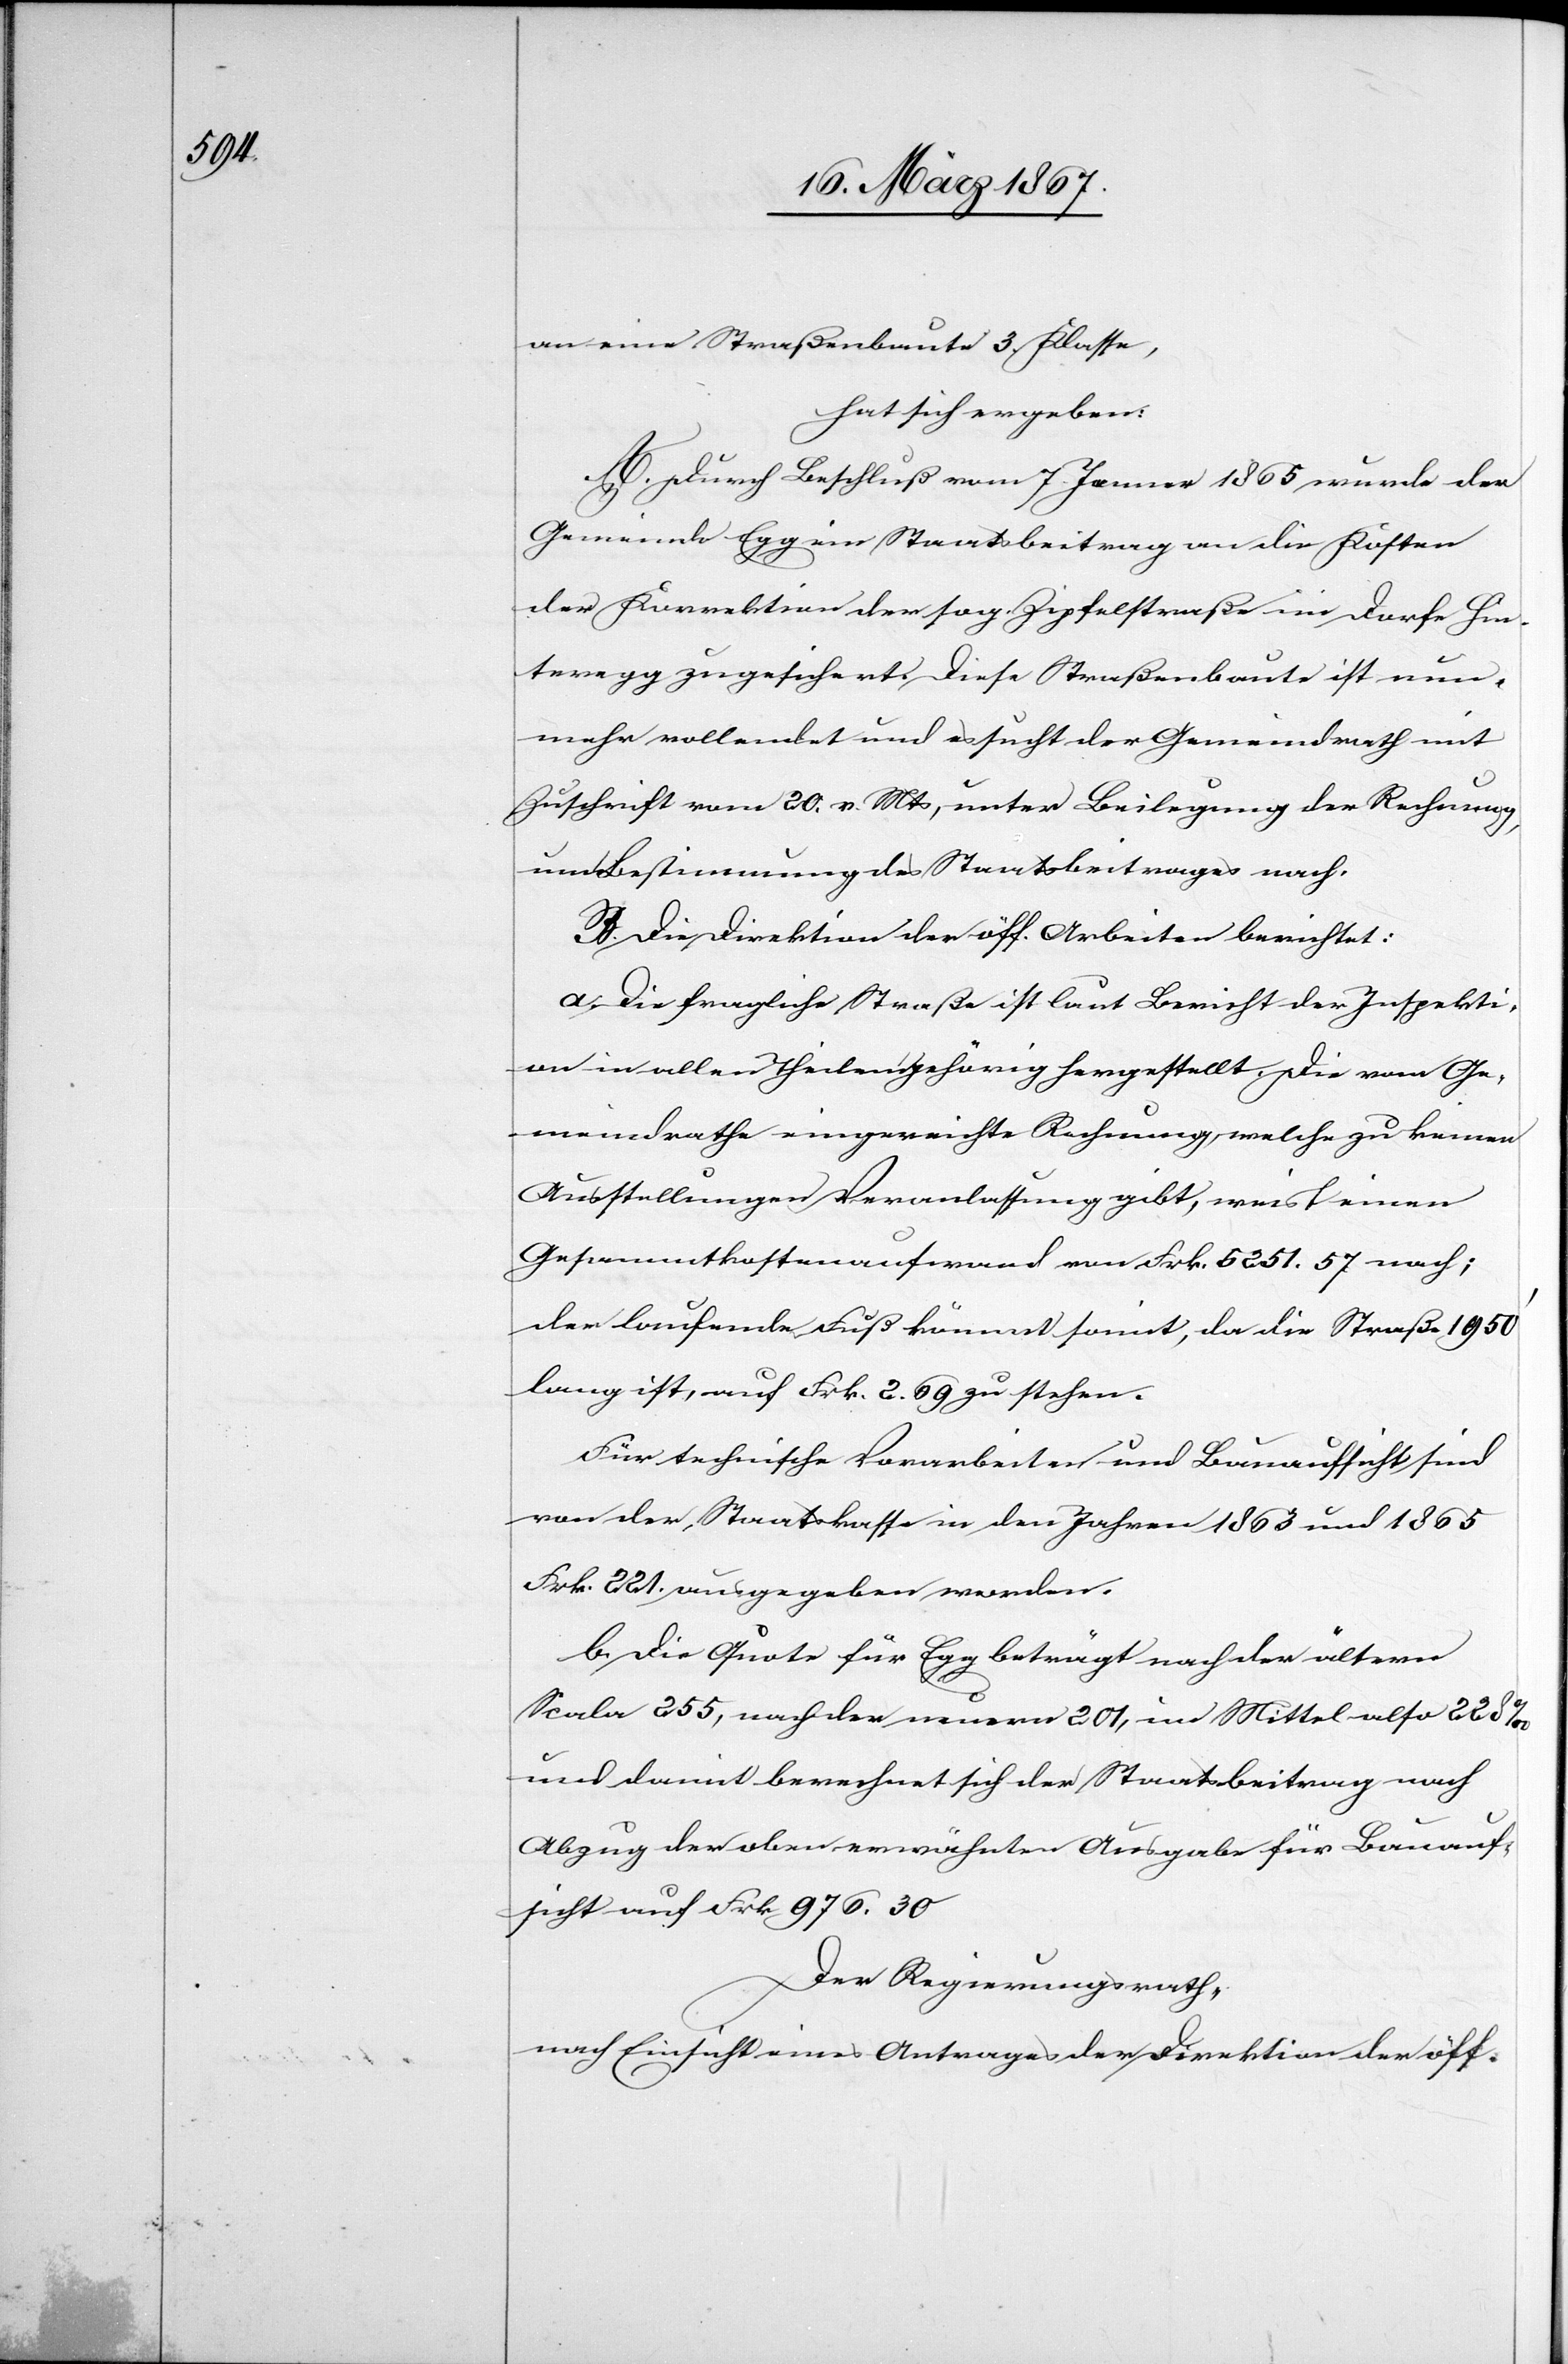
an eine Straßenbaute 3. Klasse,
hat sich ergeben:
A. Durch Beschluß vom 7. Jenner 1865 wurde der
Gemeinde Egg ein Staatsbeitrag an die Kosten
der Korrektion der sog. Zipfelstraße im Dorfe Hin¬
teregg zugesichert. Diese Straßenbaute ist nun¬
mehr vollendet und es sucht der Gemeinderath mit
Zuschrift vom 20. v. Mts, unter Beilegung der Rechnung,
um Bestimmung des Staatsbeitrages nach.
B. Die Direktion der öff. Arbeiten berichtet:
a.	Die fragliche Straße ist laut Bericht der Inspekti¬
on in allen Theilen gehörig hergestellt. Die vom Ge¬
meindrathe eingereichte Rechnung, welche zu keinen
Ausstellungen Veranlassung gibt, weist einen
Gesammtkostenaufwand von Frk. 5251.57 nach;
der laufende Fuß kömmt somit, da die Straße 1950’
lang ist, auf Frk. 2.69 zu stehen.
Für technische Vorarbeiten und Bauaufsicht sind
von der Staatskasse in den Jahren 1863 und 1865
Frk. 221. ausgegeben worden.
b.	Die Quote für Egg beträgt nach der ältern
Scala 255, nach der neuern 201, im Mittel also 228‰
und damit berechnet sich der Staatsbeitrag nach
Abzug der oben erwähnten Ausgabe für Bauauf¬
sicht auf Frk. 976.30
Der Regierungsrath,
nach Einsicht eines Antrages der Direktion der öff.